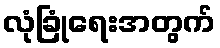
လုံခြုံရေးအတွက်